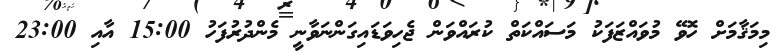
މިމަޤާމަށް ހޮވޭ މުވައްޒަފަކު މަސައްކަތް ކުރައްވަން ޖެހިވަޑައިގަންނަވާނީ މެންދުރުފަހު 15:00 އާއި 23:00